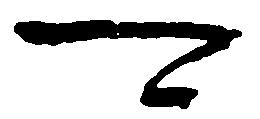
可